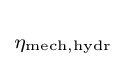
\scriptstyle \eta _{\text{mech,hydr}}